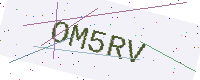
Text: OM5RV